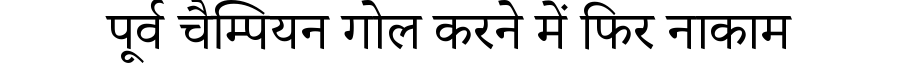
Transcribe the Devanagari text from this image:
पूर्व चैम्पियन गोल करने में फिर नाकाम